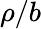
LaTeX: \rho/b